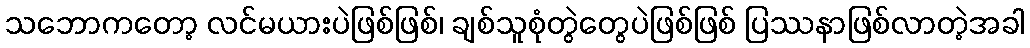
သဘောကတော့ လင်မယားပဲဖြစ်ဖြစ်၊ ချစ်သူစုံတွဲတွေပဲဖြစ်ဖြစ် ပြဿနာဖြစ်လာတဲ့အခါ